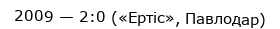
2009 — 2:0 («Ертіс», Павлодар)